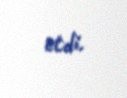
etdi.